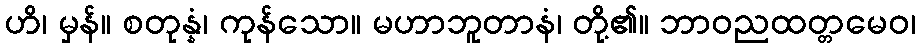
ဟိ၊ မှန်။ စတုန္နံ၊ ကုန်သော။ မဟာဘူတာနံ၊ တို့၏။ ဘာဝညထတ္တမေဝ၊